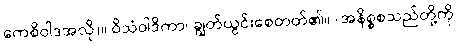
ကေစိဝါဒအလို)။ ဝိသံဝါဒိကာ၊ ချွတ်ယွင်းစေတတ်၏။ (အနိစ္စစသည်တို့ကို